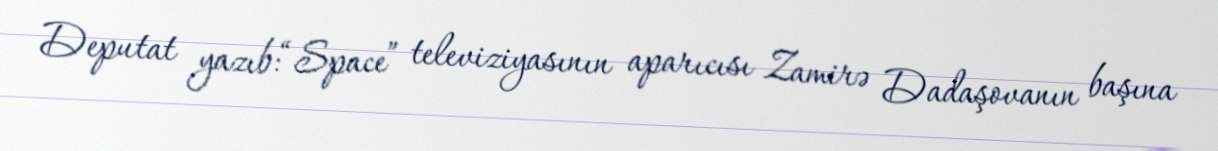
Deputat yazıb:“Space” televiziyasının aparıcısı Zamirə Dadaşovanın başına